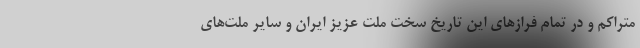
متراکم و در تمام فرازهای این تاریخ سخت ملت عزیز ایران و سایر ملت‌های